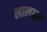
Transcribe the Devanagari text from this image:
लालधर